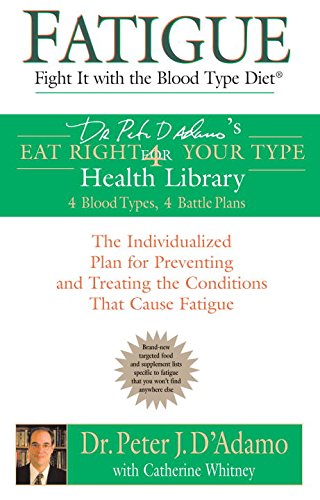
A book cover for Fatigue: Fight It with the Blood Type Diet: The Individualized Plan for Preventing and Treating the Conditions That Cause Fatigue; Dr. Peter J. D'Adamo; Health, Fitness & Dieting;